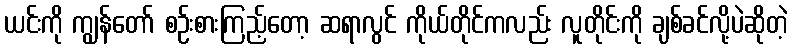
ယင်းကို ကျွန်တော် စဉ်းစားကြည့်တော့ ဆရာလွင် ကိုယ်တိုင်ကလည်း လူတိုင်းကို ချစ်ခင်လို့ပဲဆိုတဲ့